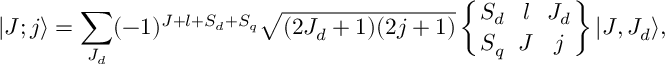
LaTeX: | J ; j \rangle = \sum _ { J _ { d } } ( - 1 ) ^ { J + l + S _ { d } + S _ { q } } \sqrt { ( 2 J _ { d } + 1 ) ( 2 j + 1 ) } \left\{ { S _ { d } \atop S _ { q } } \ { l \atop J } \ { J _ { d } \atop j } \right\} | J , J _ { d } \rangle ,